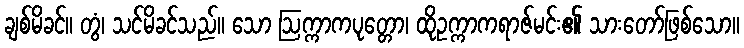
ချစ်မိခင်။ တွံ၊ သင်မိခင်သည်။ သော ဩက္ကာကပုတ္တော၊ ထိုဥက္ကာကရာဇ်မင်း၏ သားတော်ဖြစ်သော။